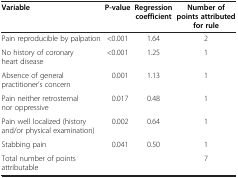
| Variable | P-value | Regression coefficient | Number ofpoints attributed forrule |
 | --- | --- | --- | --- |
 | Pain reproducible by palpation | <0.001 | 1.64 | 2 |
 | No history of coronary heart disease | <0.001 | 1.25 | 1 |
 | Absence of general practitioner’s concern | 0.001 | 1.13 | 1 |
 | Pain neither retrosternal nor oppressive | 0.017 | 0.48 | 1 |
 | Pain well localized (history and/or physical examination) | 0.002 | 0.64 | 1 |
 | Stabbing pain | 0.041 | 0.50 | 1 |
 | Total number of points attributable |  |  | 7 |